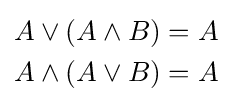
{\begin{aligned}A\vee (A\wedge B)&=A\\A\wedge (A\vee B)&=A\end{aligned}}